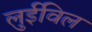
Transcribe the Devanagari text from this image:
लुईविल